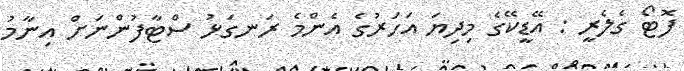
ފޮޓޯ ގެލެރީ : އޭޑީކޭގެ މިދިޔަ އަހަރުގެ އެންމެ ރަނގަޅު ސްޓާފުންނަށް އިނާމު